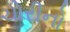
ચોરીનો